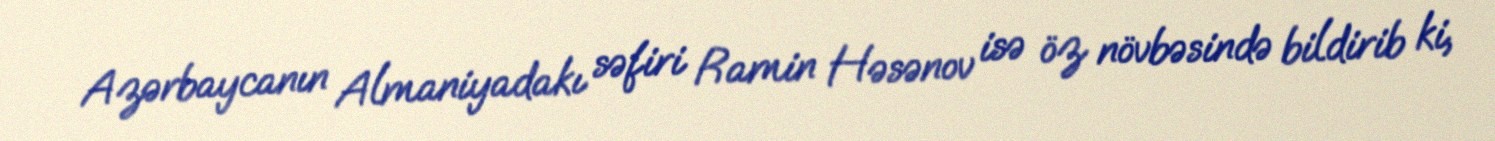
Azərbaycanın Almaniyadakı səfiri Ramin Həsənov isə öz növbəsində bildirib ki,